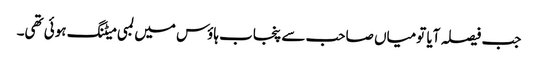
جب فیصلہ آیا تومیاں صاحب سے پنجاب ہاؤس میں لمبی میٹنگ ہوئی تھی۔